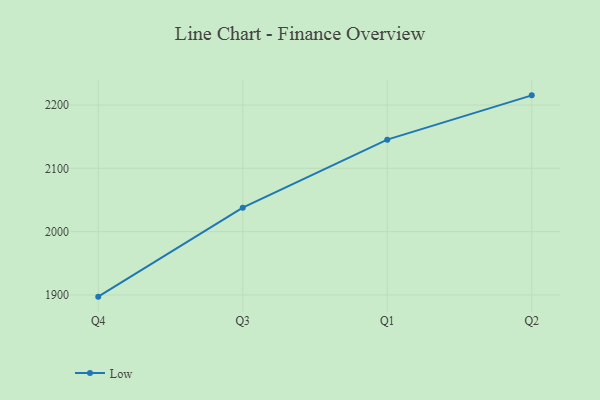
{"axis": {"x": "Quarter", "y": "Gross Profit (USD K)"}, "legend": ["Low"], "data": [{"x": "Q4", "y": 1897.4, "type": "Low"}, {"x": "Q3", "y": 2037.8, "type": "Low"}, {"x": "Q1", "y": 2145.3, "type": "Low"}, {"x": "Q2", "y": 2215.2, "type": "Low"}]}